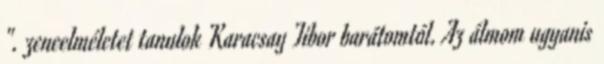
". zeneelméletet tanulok Karacsay Tibor barátomtól. Az álmom ugyanis